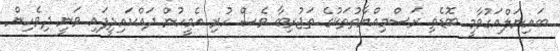
ބައިނަލްއަގުވާމީ ބޮޑެތި ރަސްމިއްޔާތުތަކުގެ ތަޖުރިބާ ވެސް ހުރި އެމީހުން ދައްކައިދީފައި ވަނީ ދިވެހިން